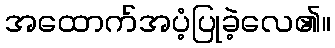
အထောက်အပံ့ပြုခဲ့လေ၏။